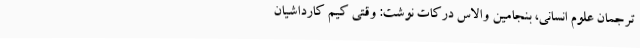
ترجمان علوم انسانی، بنجامین والاس درکات نوشت: وقتی کیم کارداشیان